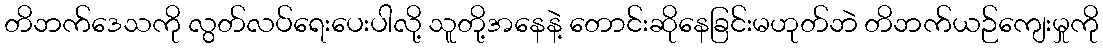
တိဘက်ဒေသကို လွတ်လပ်ရေးပေးပါလို့ သူတို့အနေနဲ့ တောင်းဆိုနေခြင်းမဟုတ်ဘဲ တိဘက်ယဉ်ကျေးမှုကို